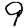
Digit: 9